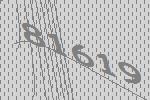
81619